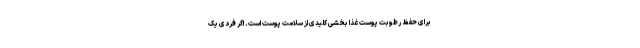
برای حفظ رطوبت پوست غذا بخشی کلیدی از سلامت پوست است. اگر فردی یک